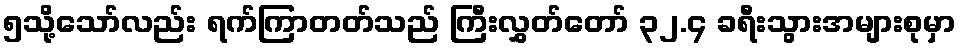
၅သို့သော်လည်း ရက်ကြာတတ်သည် ကြီးလွှတ်တော် ၃၂.၄ ခရီးသွားအများစုမှာ